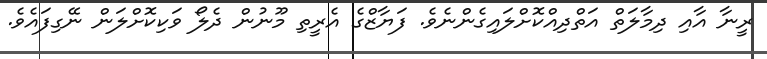
ރީނާ އާއި ދިމާލަތް އަތްދިއްކޮށްލައިގެންނެވެ. ފަޔާޒްގެ އެރީތި މޫނުން ދެލޯ ވަކިކޮށްލަން ނޭގިފައެވެ.